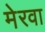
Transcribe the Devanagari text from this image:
मेरवा